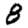
Digit: 8